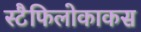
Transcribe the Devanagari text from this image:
स्टैफिलोकाकस